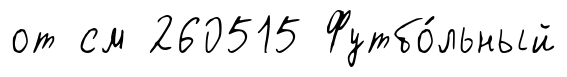
от см 260515 Футбо́льный